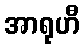
အာရုဟီ